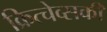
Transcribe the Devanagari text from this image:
क्रित्चेव्सकी